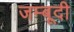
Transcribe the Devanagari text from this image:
जम्बूदी